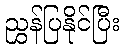
ညွှန်ပြနိုင်ပြီး